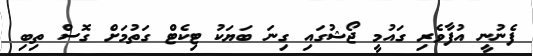
ފެނުނީ އުފާވެރި ގައުމީ ޖޯޝުގައި ގިނަ ބަޔަކު ޓިކެޓް ގަތުމަށް ގޮސް ތިބި